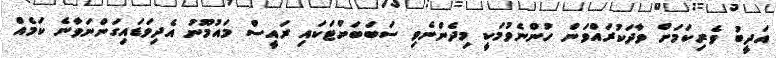
އަދީބު ވެރިކަމަށް ވާދަކުރައްވަން ހުންނެވުމަކީ މިދެންނެވި ސަބަބަށްޓަކައި ރައީސް މައުމޫނު އެދިވަޑައިގަންނަވާނެ ކަމެއް